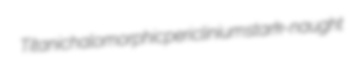
Titanic halomorphic periclinium stark-naught